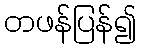
တဖန်ပြန်၍